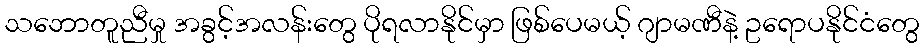
သဘောတူညီမှု အခွင့်အလန်းတွေ ပိုရလာနိုင်မှာ ဖြစ်ပေမယ့် ဂျာမဏီနဲ့ ဥရောပနိုင်ငံတွေ